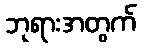
ဘုရားအတွက်